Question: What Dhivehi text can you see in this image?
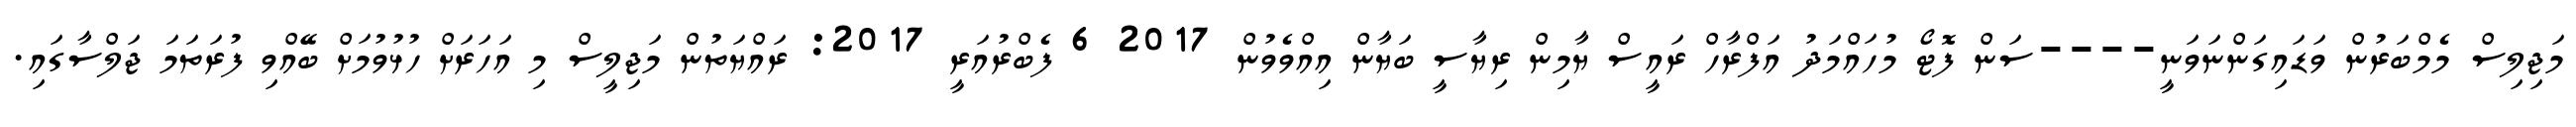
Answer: މަޖިލިސް މެމްބަރުން ވަޑައިގަންނަވަނީ----ސަން ފޮޓޯ މުހައްމަދު އަފްރާހް ރައީސް ޔާމިން ރިޔާސީ ބަޔާން އިއްވެވުން 2017 6 ފެބްރުއަރީ 2017: ރައްޔަތުން މަޖިލީސް މި އަހަރަށް ހުޅުވުމަށް ބޭއްވި ފުރަތަމަ ޖަލްސާގައި.